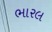
ભારલ